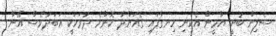
ސެލިން ބުނީ ޔާމީން އެކަނި ހިނގާފައި ގެއަށްދާ ކޮންމެ ދުވަހަކީ އަބަދުވެސް އޭނާ